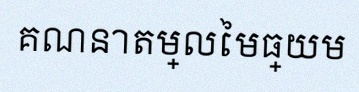
គណនាតម្លៃមធ្យម